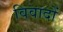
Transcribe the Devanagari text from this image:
विवादों